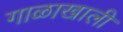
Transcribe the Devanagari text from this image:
गाळाखाली